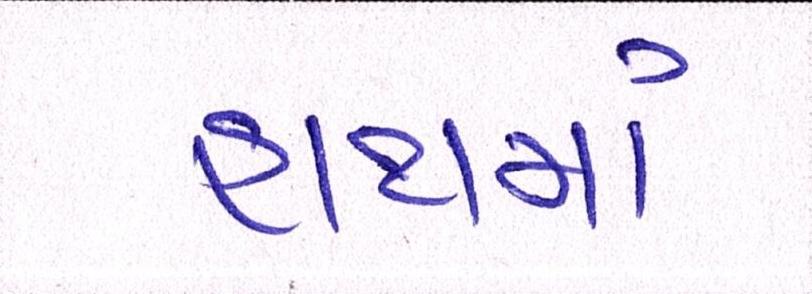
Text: હાથમાં